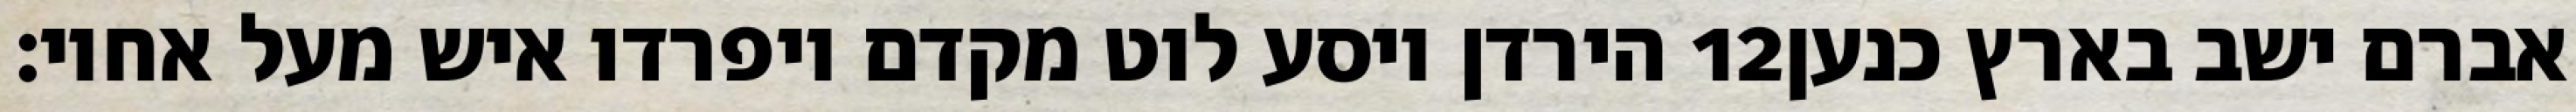
הירדן ויסע לוט מקדם ויפרדו איש מעל אחיו׃ ‎12‏ אברם ישב בארץ כנען